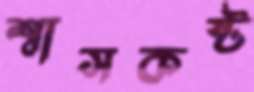
শ্বাসকষ্ট